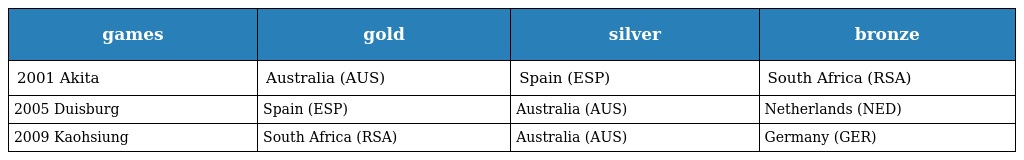
| games | gold | silver | bronze |
 | --- | --- | --- | --- |
 | 2001 Akita | Australia (AUS) | Spain (ESP) | South Africa (RSA) |
 | 2005 Duisburg | Spain (ESP) | Australia (AUS) | Netherlands (NED) |
 | 2009 Kaohsiung | South Africa (RSA) | Australia (AUS) | Germany (GER) |